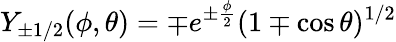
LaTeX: Y_{\pm 1/2}(\phi,\theta)=\mp e^{\pm\frac{\phi}{2}}(1\mp\cos\theta)^{1/2}